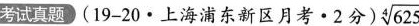
考试真题(19-20·上海浦东新区月考·2分) \sqrt[4]{625}